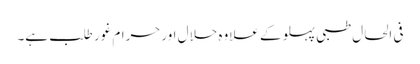
فی الحال طبی پہلو کے علاوہ حلال اورحرام غور طلب ہے۔